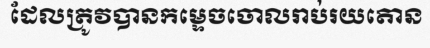
ដែលត្រូវបានកម្ទេចចោលរាប់រយតោន